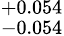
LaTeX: ^{+0.054}_{-0.054}